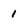
Character: 1